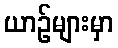
ယာဉ်များမှာ